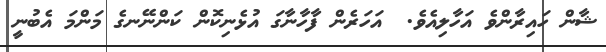
ޝާން ހައިރާންވެ އަހާލިއެވެ.  އަހަރެން ފާހާނާގަ އުޅެނިކޮން ކަންނޭނގެ މަންމަ އެބުނީ